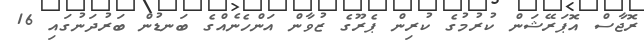
ރޮޖާސް އޮޕަރޭޝަން ކުރުމުގެ ކުރިން ޕެރޫގެ ޒުވާން އަންހެނެއްގެ ބަނޑުން ބަރުދަނުގައި 16